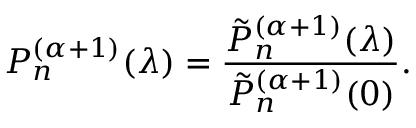
P _ { n } ^ { ( \alpha + 1 ) } ( \lambda ) = \frac { \tilde { P } _ { n } ^ { ( \alpha + 1 ) } ( \lambda ) } { \tilde { P } _ { n } ^ { ( \alpha + 1 ) } ( 0 ) } .